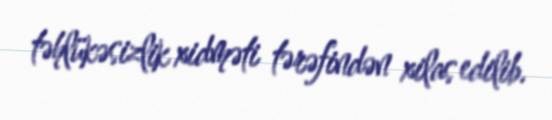
təhlükəsizlik xidməti tərəfindən xilas edilib.